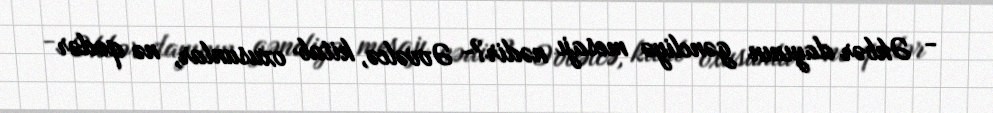
- Əkbər dayının gəncliyə mesajı nədir?- Əvvəlcə, kitab oxusunlar, nə qədər